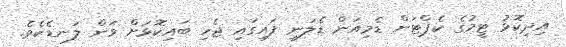
އިދިކޮޅު ޓީމުގެ ކެޕްޓަން ޑެމިއަން ޑެލަނީ ފައިގައި ޖެހި ބައިކޮޅަށް ވަން ލަނޑެކެވެ.